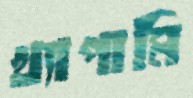
খ্যাপামি